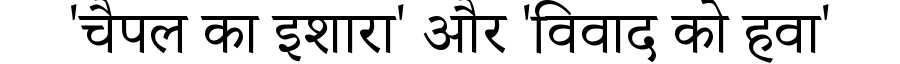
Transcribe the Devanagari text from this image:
'चैपल का इशारा' और 'विवाद को हवा'